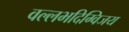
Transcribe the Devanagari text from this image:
वल्लभदिग्विजय